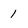
Character: 1